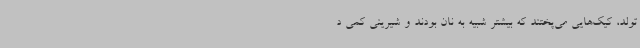
تولد، کیک‌هایی می‌پختند که بیشتر شبیه به نان بودند و شیرینی کمی د